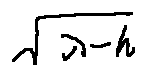
\sqrt { \lambda - h }